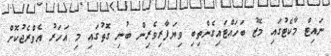
ނައިޓް މާކެޓުގައި މޭޒު ބަހައްޓައިގެންތިބި ވިޔަފާރިވެރިން ބުނި ގޮތުގައި މި އަހަރު އެވްރެޖުކޮށް